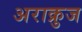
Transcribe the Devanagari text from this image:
अराक्रुज